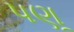
પણૂ